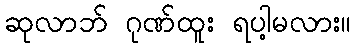
ဆုလာဘ် ဂုဏ်ထူး ရပါ့မလား။